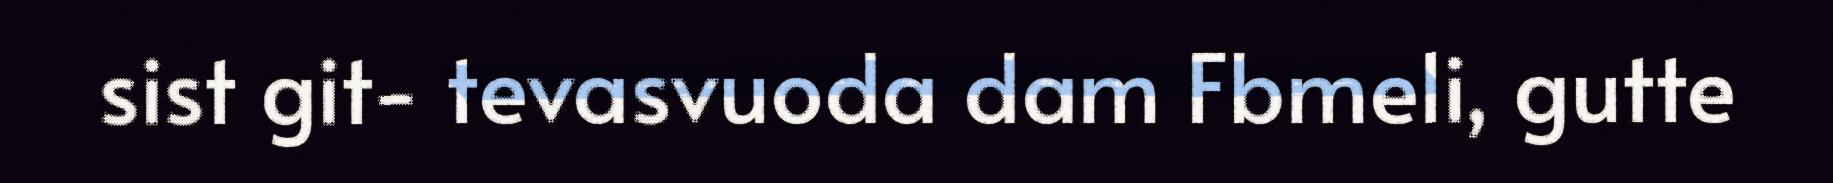
sist git- tevasvuoda dam Fbmeli, gutte